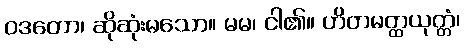
ဝဒတော၊ ဆိုဆုံးမသော။ မမ၊ ငါ၏။ ဟိတမတ္ထယုတ္တံ၊